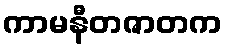
ကာမနီတဇာတက